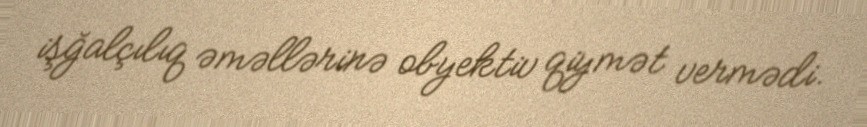
işğalçılıq əməllərinə obyektiv qiymət vermədi.